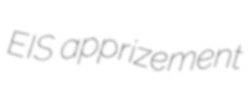
EIS apprizement